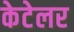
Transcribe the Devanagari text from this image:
केटेलर